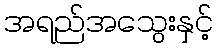
အရည်အသွေးနှင့်